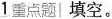
1重点题 填空。